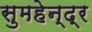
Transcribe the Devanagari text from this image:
सुमहेन्द्र